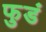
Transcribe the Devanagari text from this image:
फुडं